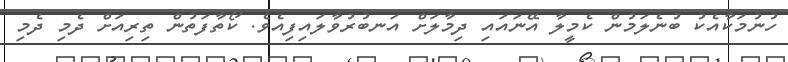
ހުނުމަކާއެކު ބުނެލަމުން ކެމީލާ އޭނައައި ދިމާލަށް އަނބުރުވާލައިފިއެވެ. ކޯތާފަތުން ތިރިއަށް ދެމި ދެމި